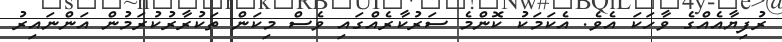
ރުފިޔާއެއްގެ ވާހަކަ އެވެ. އެކަމަކު ކޮންމެ ސަރުކާރެއްގައި ވެސް މިކަން ތަކުރާރުކުރަމުން އަންނައިރު